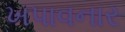
ખપાવનાર